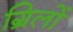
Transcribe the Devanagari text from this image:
ग्रिलों